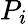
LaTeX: {\mathbf{}}P_{i}